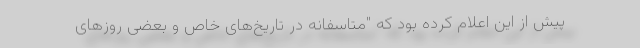
پیش از این اعلام کرده بود که "متاسفانه در تاریخ‌های خاص و بعضی روزهای